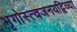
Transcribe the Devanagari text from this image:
भृगोस्त्वजनयद्विव्या